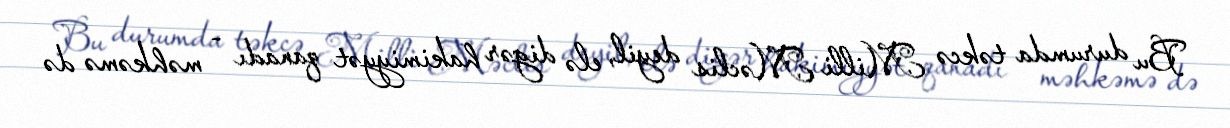
Bu durumda təkcə Milli Məclis deyil, elə digər hakimiyyət qanadı - məhkəmə də